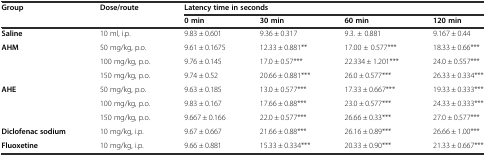
| Group | Dose/route | <COLSPAN=4> Latency time in seconds |
 |  |  | 0 min | 30 min | 60 min | 120 min |
 | --- | --- | --- | --- | --- | --- |
 | Saline | 10 ml, i.p. | 9.83 ± 0.601 | 9.36 ± 0.317 | 9.3. ± 0.881 | 9.167 ± 0.44 |
 | <ROWSPAN=3> AHM | 50 mg/kg, p.o. | 9.61 ± 0.1675 | 12.33 ± 0.881** | 17.00 ± 0.577*** | 18.33 ± 0.66*** |
 | 100 mg/kg, p.o. | 9.76 ± 0.145 | 17.0 ± 0.57*** | 22.334 ± 1.201*** | 24.0 ± 0.557*** |
 | 150 mg/kg, p.o. | 9.74 ± 0.52 | 20.66 ± 0.881*** | 26.0 ± 0.577*** | 26.33 ± 0.334*** |
 | <ROWSPAN=3> AHE | 50 mg/kg, p.o. | 9.63 ± 0.185 | 13.0 ± 0.577*** | 17.33 ± 0.667*** | 19.33 ± 0.333*** |
 | 100 mg/kg, p.o. | 9.83 ± 0.167 | 17.66 ± 0.88*** | 23.0 ± 0.577*** | 24.33 ± 0.333*** |
 | 150 mg/kg, p.o. | 9.667 ± 0.166 | 22.0 ± 0.577*** | 26.66 ± 0.33*** | 27.0 ± 0.577*** |
 | Diclofenac sodium | 10 mg/kg, i.p. | 9.67 ± 0.667 | 21.66 ± 0.88*** | 26.16 ± 0.89*** | 26.66 ± 1.00*** |
 | Fluoxetine | 10 mg/kg, i.p. | 9.66 ± 0.881 | 15.33 ± 0.334*** | 20.33 ± 0.90*** | 21.33 ± 0.667*** |